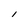
Character: l